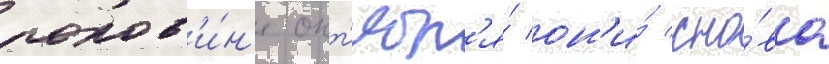
полов'и́н'е окт'ябр'я́ он'и́ сно́ва